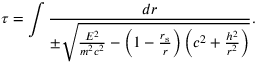
\tau = \int { \frac { d r } { \pm { \sqrt { { \frac { E ^ { 2 } } { m ^ { 2 } c ^ { 2 } } } - \left( 1 - { \frac { r _ { \mathrm { { s } } } } { r } } \right) \left( c ^ { 2 } + { \frac { h ^ { 2 } } { r ^ { 2 } } } \right) } } } } .